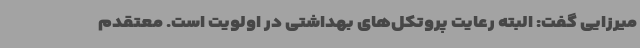
میرزایی گفت: البته رعایت پروتکل‌های بهداشتی در اولویت است. معتقدم